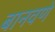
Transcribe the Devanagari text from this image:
बानवणे